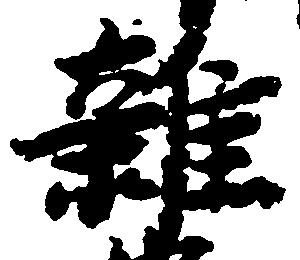
雑